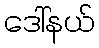
ဒေါ်နယ်